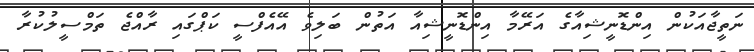
ނަތީޖާއަކުން އިންޑޮނީޝިއާގެ އަރޭމާ އިންޑޮނީޝިއާ އަތުން ބަލިވެ އޭއެފްސީ ކަޕްގައި ރާއްޖެ ތަމްސީލުކުރާ